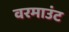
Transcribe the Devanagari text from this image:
वरमाउंट